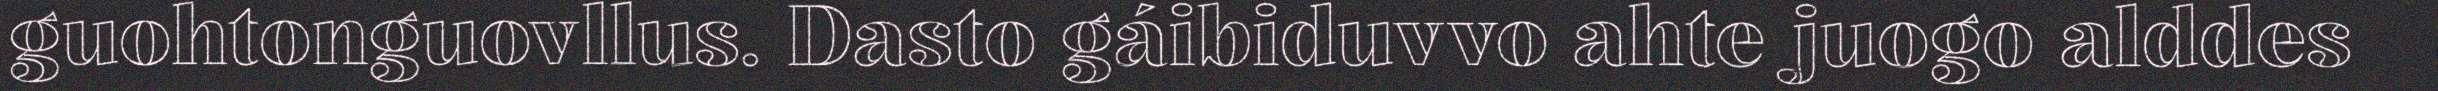
guohtonguovllus. Dasto gáibiduvvo ahte juogo alddes